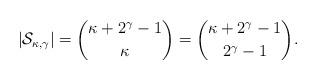
LaTeX: \begin{align*}\left|\mathcal S_{\kappa,\gamma} \right | = \binom{\kappa+2^\gamma-1}{\kappa} =\binom{\kappa+2^\gamma-1}{2^\gamma-1}. \end{align*}